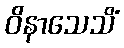
ဝိနာသေသိံ